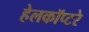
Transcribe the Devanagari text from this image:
हेलकॉप्टरे